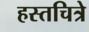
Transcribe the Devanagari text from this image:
हस्तचित्रे